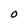
Character: O